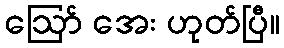
ဩော် အေး ဟုတ်ပြီ။